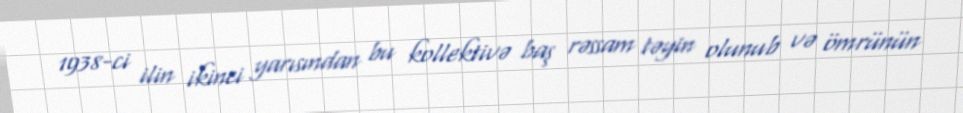
1938-ci ilin ikinci yarısından bu kollektivə baş rəssam təyin olunub və ömrünün